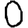
Digit: 0